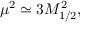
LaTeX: \mu ^ { 2 } \simeq 3 M _ { 1 / 2 } ^ { 2 } ,